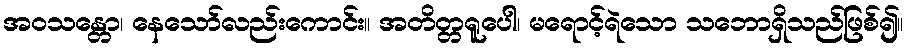
အဝသန္တော၊ နေသော်လည်းကောင်း။ အတိတ္တရူပေါ၊ မရောင့်ရဲသော သဘောရှိသည်ဖြစ်၍။